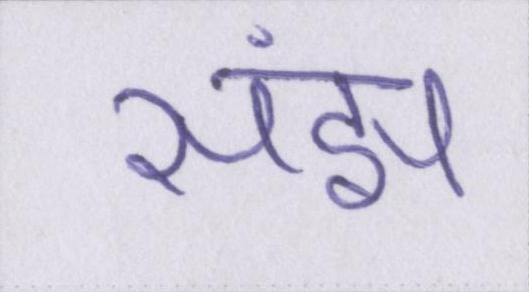
संझ